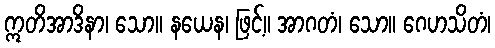
ဣတိအာဒိနာ၊ သော။ နယေန၊ ဖြင့်။ အာဂတံ၊ သော။ ဂေဟသိတံ၊